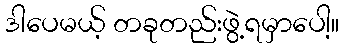
ဒါပေမယ့် တခုတည်းဖွဲ့ရမှာပေါ့။